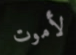
لأموت